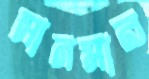
সানমার